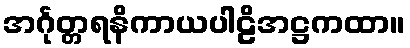
အင်္ဂုတ္တရနိကာယပါဠိအဋ္ဌကထာ။